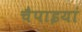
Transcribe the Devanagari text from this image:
चैपाइयां